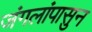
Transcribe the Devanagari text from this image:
जंगलांपासुन